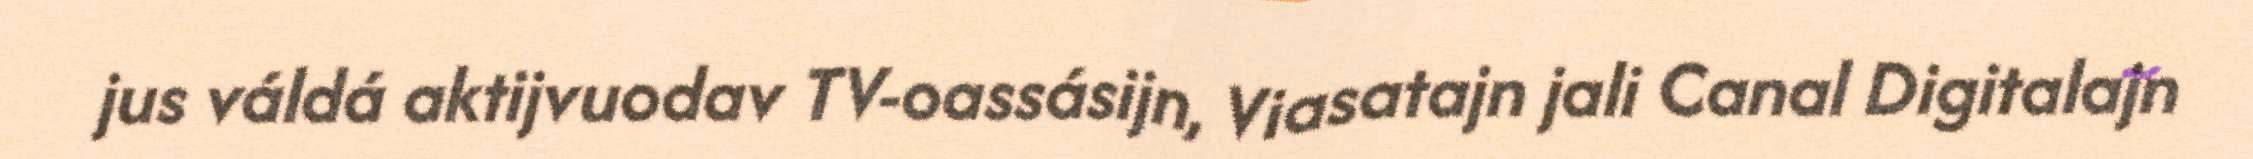
jus váldá aktijvuodav TV-oassásijn, Viasatajn jali Canal Digitalajn